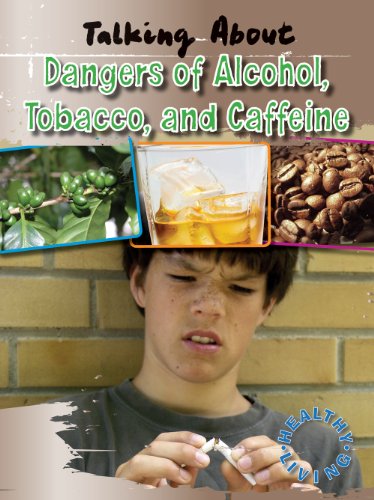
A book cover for Talking About the Dangers of Alcohol, Tobacco, and Caffeine (Healthy Living); Alan Horsfield; Health, Fitness & Dieting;